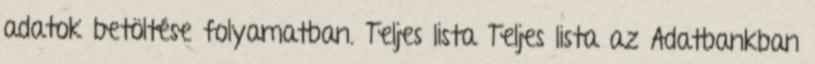
adatok betöltése folyamatban. Teljes lista Teljes lista az Adatbankban